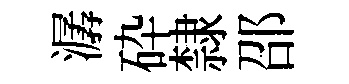
潺砕隸邵